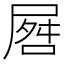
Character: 𪨘